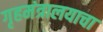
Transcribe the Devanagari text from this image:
गृहमंत्रालयाचा